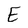
Character: E